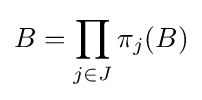
B=\prod _{j\in J}\pi _{j}(B)